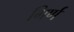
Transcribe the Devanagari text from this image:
गिर्ण